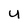
Character: u